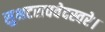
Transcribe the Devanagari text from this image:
सुभटराववेदस्वरे।